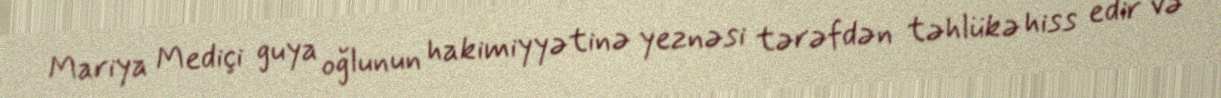
Mariya Mediçi guya oğlunun hakimiyyətinə yeznəsi tərəfdən təhlükə hiss edir və